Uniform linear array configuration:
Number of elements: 24
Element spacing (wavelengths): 1
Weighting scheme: uniform
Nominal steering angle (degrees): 15
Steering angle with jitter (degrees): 13.861
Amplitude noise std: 0.05
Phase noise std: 0.05

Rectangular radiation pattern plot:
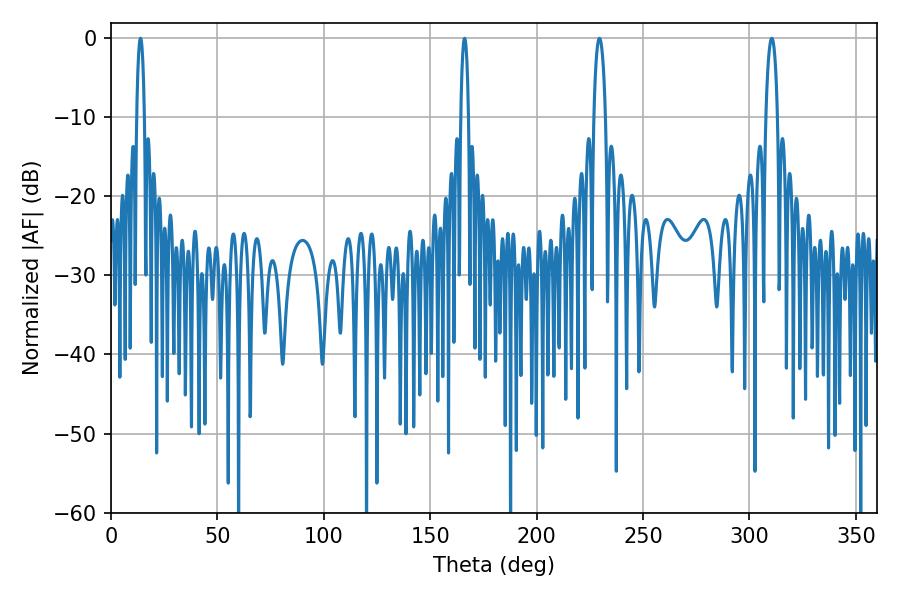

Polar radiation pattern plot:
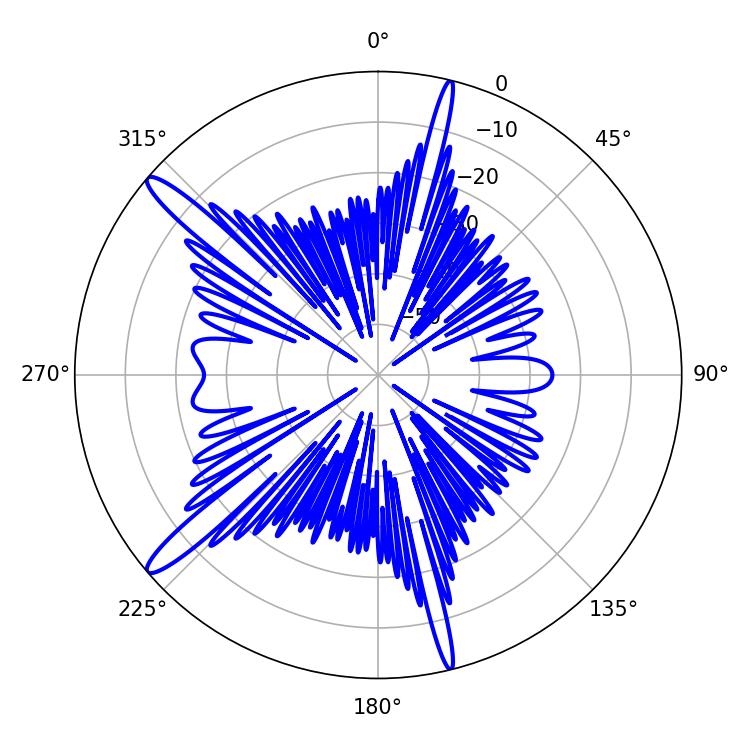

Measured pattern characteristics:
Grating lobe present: TRUE
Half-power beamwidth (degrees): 2.16
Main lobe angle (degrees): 166.14